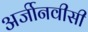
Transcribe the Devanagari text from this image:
अर्जीनवीसी